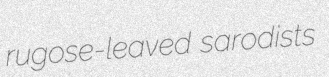
rugose-leaved sarodists